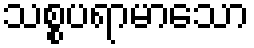
သစ္စပရာမာသော